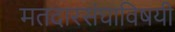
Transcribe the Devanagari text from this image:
मतदारसंघाविषयी